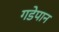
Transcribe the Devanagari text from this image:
गडेपान